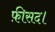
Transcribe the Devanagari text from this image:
फ़ीसद।